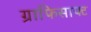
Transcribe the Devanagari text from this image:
ग्राफिसाफ्ट